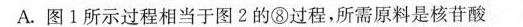
A.图1所示过程相当于图2的⑧过程，所需原料是核苷酸